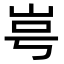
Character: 㞻